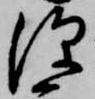
深